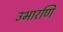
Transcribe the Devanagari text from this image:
उभारणि